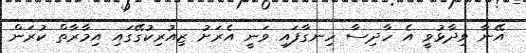
އޭނާ ވިދާޅުވީ އެ ހާދިސާ ހިނގާފައި ވަނީ އެރަށު ޒިއުރިކުގޭގައި އިމާރާތް ކުރަން